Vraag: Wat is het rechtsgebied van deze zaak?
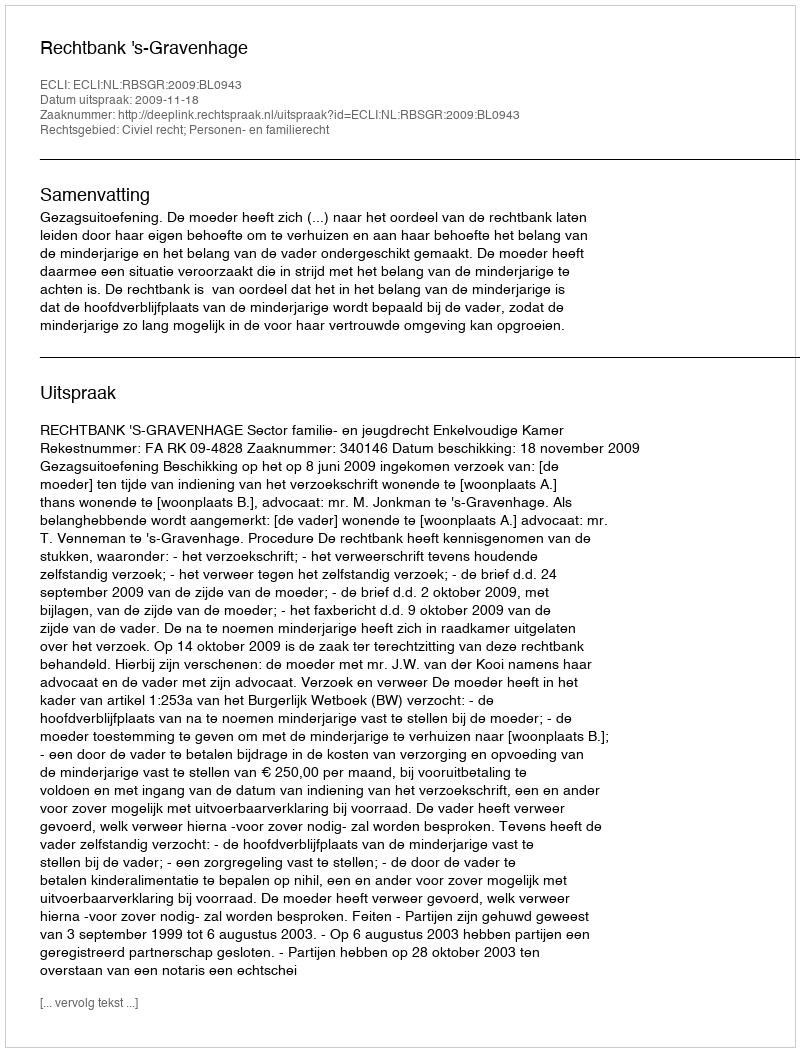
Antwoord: Civiel recht; Personen- en familierecht